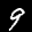
Label: 9